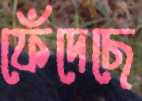
ফেঁদেছে